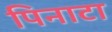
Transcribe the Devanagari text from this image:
पिनाटा